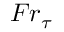
{ F r } _ { \tau }